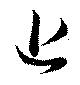
近